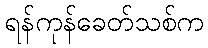
ရန်ကုန်ခေတ်သစ်က